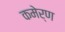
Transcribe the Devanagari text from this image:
कमेर्ण